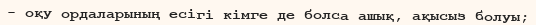
- оқу ордаларының есігі кімге де болса ашық, ақысыз болуы;